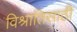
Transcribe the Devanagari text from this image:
विश्रांतिसाठी